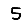
Digit: 5